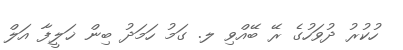
ހުކުރު ދުވަހުގެ ރޭ ބޭއްވި ލ. ގަމު ހަމަދު ބިން ޚަލީފާ އަލް